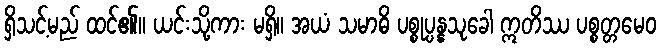
ရှိသင့်မည် ထင်၏။ ယင်းသို့ကား မရှိ။ အယံ သမာဓိ ပစ္စုပ္ပန္နသုခေါ ဣတိဿ ပစ္စတ္တမေဝ